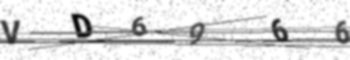
Text: VD6966